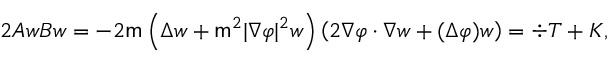
2 A w B w = - 2 \mathsf { m } \left( \Delta w + \mathsf { m } ^ { 2 } | \nabla \varphi | ^ { 2 } w \right) \left( 2 \nabla \varphi \cdot \nabla w + ( \Delta \varphi ) w \right) = \div T + K ,